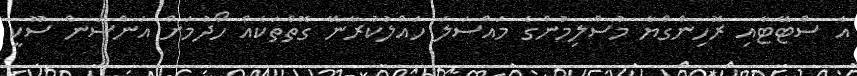
އެ ސްޓޭޓާއި ރޮހިންގްޔާ މުސްލިމުންގެ މައްސަލަ ހައްލުކުރާނޭ ގޮތްތަކެއް ހޯދުމަށް އަންސަން ސޫކީ